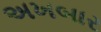
અખબાર